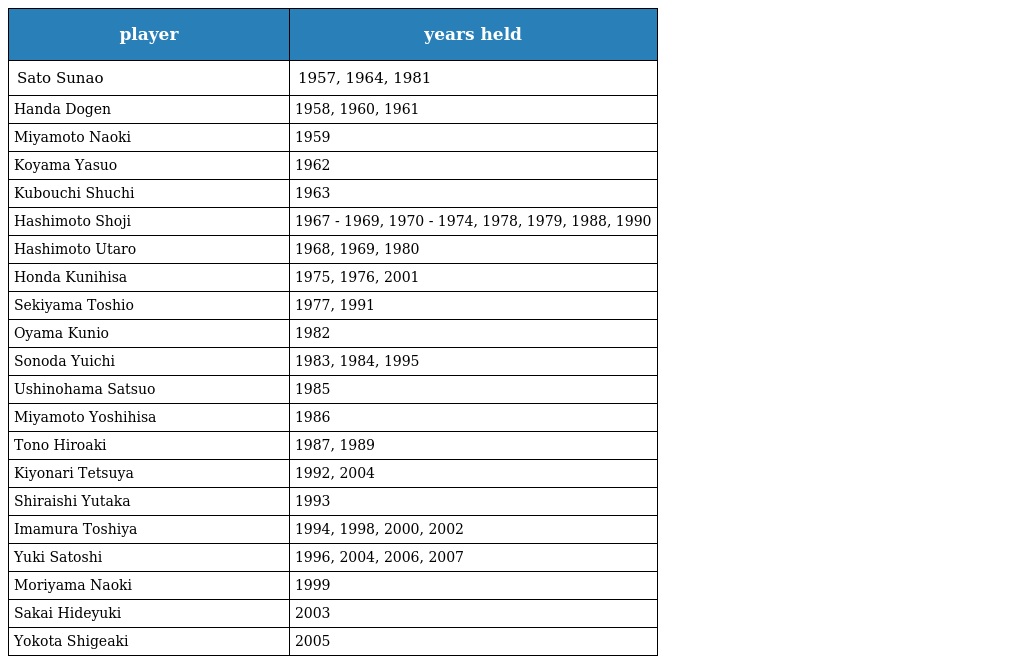
| player | years held |
 | --- | --- |
 | Sato Sunao | 1957, 1964, 1981 |
 | Handa Dogen | 1958, 1960, 1961 |
 | Miyamoto Naoki | 1959 |
 | Koyama Yasuo | 1962 |
 | Kubouchi Shuchi | 1963 |
 | Hashimoto Shoji | 1967 - 1969, 1970 - 1974, 1978, 1979, 1988, 1990 |
 | Hashimoto Utaro | 1968, 1969, 1980 |
 | Honda Kunihisa | 1975, 1976, 2001 |
 | Sekiyama Toshio | 1977, 1991 |
 | Oyama Kunio | 1982 |
 | Sonoda Yuichi | 1983, 1984, 1995 |
 | Ushinohama Satsuo | 1985 |
 | Miyamoto Yoshihisa | 1986 |
 | Tono Hiroaki | 1987, 1989 |
 | Kiyonari Tetsuya | 1992, 2004 |
 | Shiraishi Yutaka | 1993 |
 | Imamura Toshiya | 1994, 1998, 2000, 2002 |
 | Yuki Satoshi | 1996, 2004, 2006, 2007 |
 | Moriyama Naoki | 1999 |
 | Sakai Hideyuki | 2003 |
 | Yokota Shigeaki | 2005 |